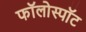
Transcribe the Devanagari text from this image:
फॉलोस्पॉट